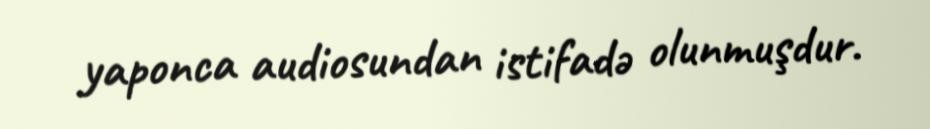
yaponca audiosundan istifadə olunmuşdur.